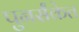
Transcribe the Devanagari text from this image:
पुनर्संकेत